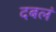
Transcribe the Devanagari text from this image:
दबलं